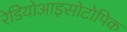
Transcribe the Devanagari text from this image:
रेडियोआइसोटोपिक